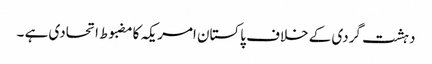
دہشت گردی کے خلاف پاکستان امریکہ کامضبوط اتحادی ہے ۔